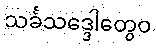
သင်္ခသဒ္ဒေါတွေဝ